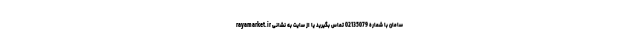
سامان با شماره 02135079 تماس بگیرید یا از سایت به نشانی rayamarket.ir